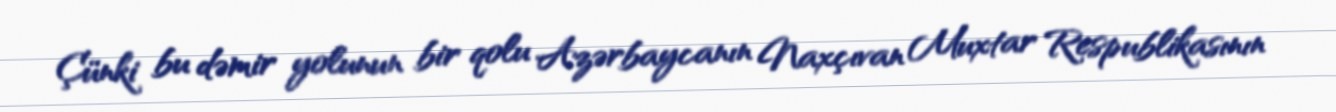
Çünki bu dəmir yolunun bir qolu Azərbaycanın Naxçıvan Muxtar Respublikasının